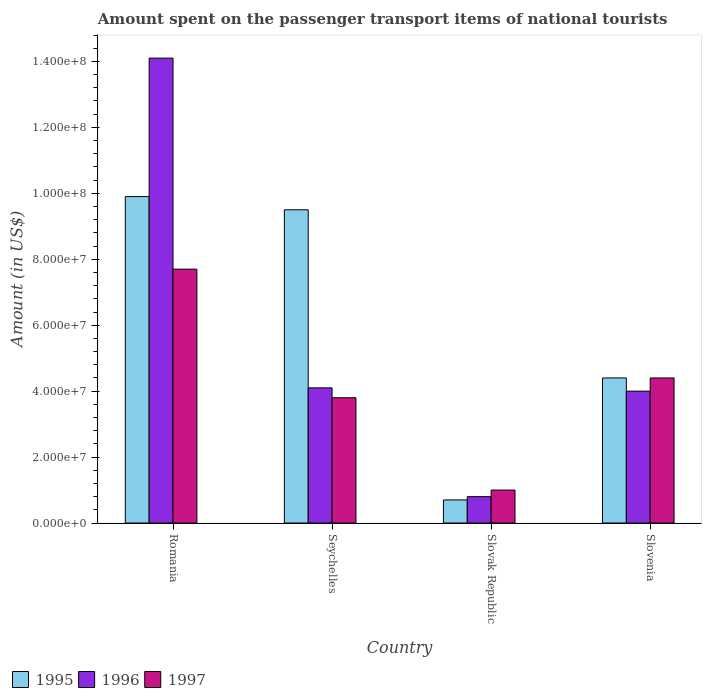
| Country | 1995 | 1996 | 1997 |
 | --- | --- | --- | --- |
 | Romania | 9.9e+07 | 1.41e+08 | 7.7e+07 |
 | Seychelles | 9.5e+07 | 4.1e+07 | 3.8e+07 |
 | Slovak Republic | 7e+06 | 8e+06 | 1e+07 |
 | Slovenia | 4.4e+07 | 4e+07 | 4.4e+07 |